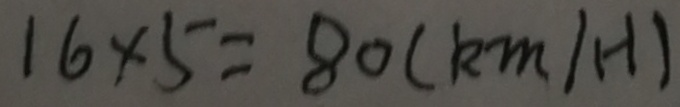
1 6 \times 5 = 8 0 ( k m / H )